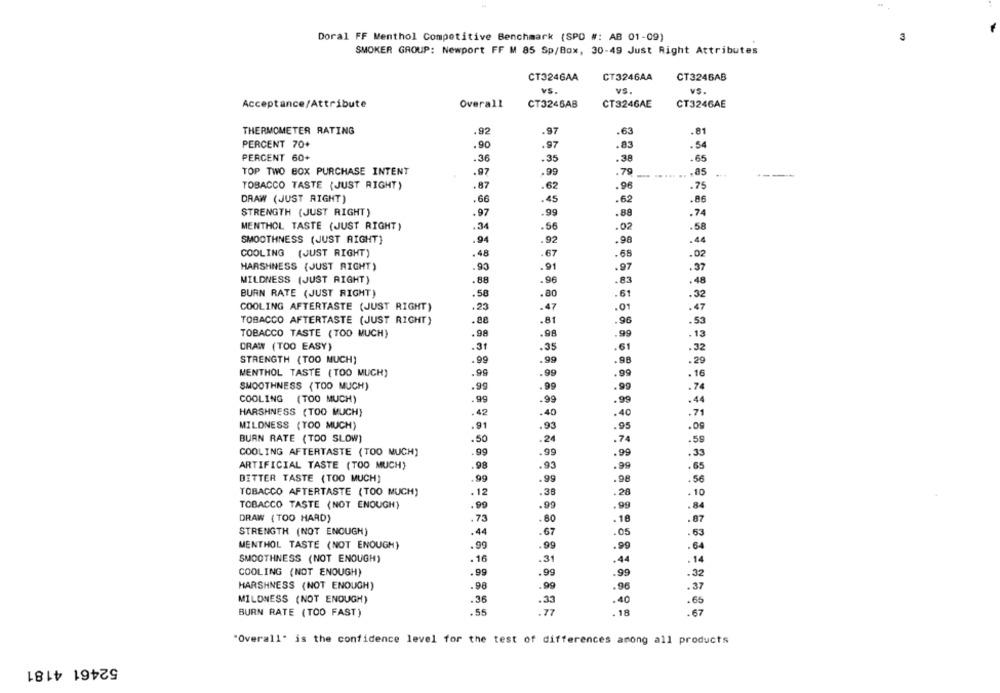
Doral FF Menthol Competitive Benchmark (SPD #: AB 01-09)
3
SMOKER GROUP: Newport FF M 85 Sp/Box, 30-49 Just Right Attributes
CT3246AA
CT3246AB
CT3246AA
VS.
VS
V5.
Acceptance/Attribute
Overall
CT3246AB
CT3246AE
CT324GAE
THERMOMETER RATING
.92
97
.63
PERCENT 70+
.90
.97
.83
.5
PERCENT 60+
.36
.35
.38
.65
TOP TWO BOX PURCHASE INTENT
.97
.99
.79
.85
-
TOBACCO TASTE (JUST RIGHT)
.87
.62
.98
.75
DRAW (JUST RIGHT)
.66
.45
.62
.86
STRENGTH (JUST RIGHT)
.97
.99
.88
.74
MENTHOL TASTE (JUST RIGHT)
.34
.56
.02
.58
SMOOTHNESS (JUST RIGHT)
.94
.92
.98
.44
COOLING (JUST RIGHT)
.48
67
.68
.02
HARSHNESS (JUST RIGHT)
.90
.91
.97
.37
MILDNESS (JUST RIGHT)
.88
.96
.83
.48
BURN RATE (JUST RIGHT)
.58
.80
.61
.32
COOLING AFTERTASTE (JUST RIGHT)
.23
.47
.01
.47
.88
.81
TOBACCO AFTERTASTE (JUST RIGHT)
.96
.53
TOBACCO TASTE (TOO MUCH)
.98
.98
.99
.13
DRAW (TOO EASY)
.3
. 39
.6
.32
STRENGTH (TOO MUCH)
.99
.99
.98
.29
MENTHOL TASTE (TOO MUCH)
.99
.99
.99
. 16
SMOOTHNESS (TOO MUCH)
.99
.99
.99
.74
COOLING (TOO MUCH)
99
.99
.99
.44
HARSHNESS (TOO MUCH)
.42
40
.40
.71
MILDNESS (TOO MUCH)
.91
.93
.95
.0g
BURN RATE (TOO SLOW)
.50
.24
.74
.59
99
.99
COOLING AFTERTASTE (TOO MUCH)
.99
.33
ARTIFICIAL TASTE (TOO MUCH)
.98
.93
.99
.65
BITTER TASTE (TOO MUCH)
99
.98
. 56
TOBACCO AFTERTASTE (TOO MUCH)
.12
.36
.28
.10
TOBACCO TASTE (NOT ENOUGH)
.90
.99
.99
.84
DRAW (TOO HARD)
.73
80
.18
.87
STRENGTH (NOT ENOUGH)
.44
67
.05
. 53
MENTHOL TASTE (NOT ENOUGH)
.99
.99
.99
.64
SMOOTHNESS (NOT ENOUGH)
. 16
.31
.44
.14
COOLING (NOT ENOUGH)
.99
.99
.99
.32
HARSHNESS (NOT ENOUGH)
.98
.96
.37
MILONESS (NOT ENOUGH)
.36
.33
.40
.65
BURN RATE (TOO FAST)
.55
.77
. 18
.67
"Overall" is the confidence level for the test of differences among all products
52461 4181